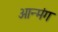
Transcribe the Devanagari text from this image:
आन्मंग